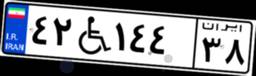
۴۲W۱۴۴۳۸